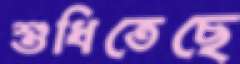
শুধিতেছে